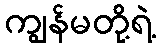
ကျွန်မတို့ရဲ့